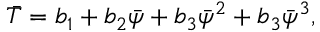
\bar { T } = b _ { 1 } + b _ { 2 } \bar { \psi } + b _ { 3 } \bar { \psi } ^ { 2 } + b _ { 3 } \bar { \psi } ^ { 3 } ,